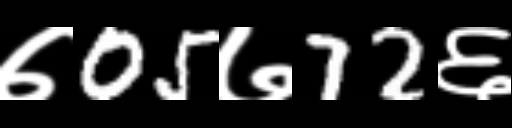
Text: ७05७72६